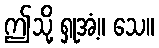
ဤသို့ ရှုအံ့။ သေ။